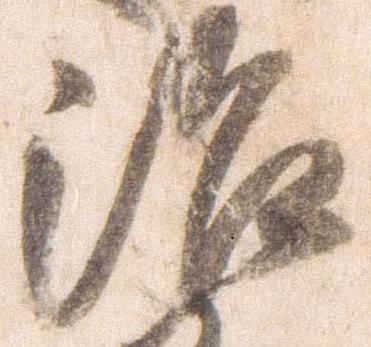
治